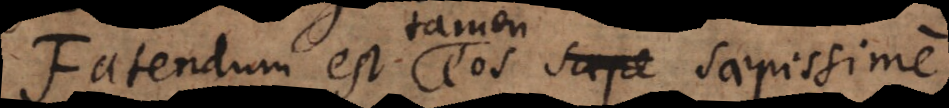
Fatendum est tamen eos saepissime